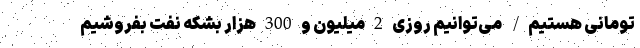
تومانی هستیم/ می‌توانیم روزی 2 میلیون و 300 هزار بشکه نفت بفروشیم